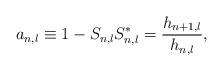
LaTeX: \begin{align*}a_{n,l}\equiv 1-S_{n,l}S_{n,l}^{*}=\frac{h_{n+1,l}}{h_{n,l}},\end{align*}